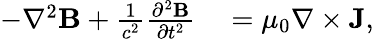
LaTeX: \begin{array}{rl}{-\nabla^{2}{\mathbf B}+\frac{1}{c^{2}}\frac{\partial^{2}{\mathbf B}}{\partial t^{2}}}&{{}=\mu_{0}\nabla\times{\mathbf J},}\end{array}